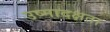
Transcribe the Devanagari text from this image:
उष्मादक्षता